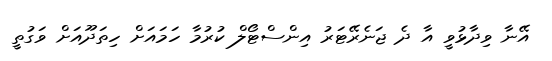
އޭނާ ވިދާޅުވީ އާ ދެ ޖަނެރޭޓަރު އިންސްޓޯލް ކުރުމާ ހަމައަށް ހިތަދޫއަށް ވަގުތީ